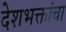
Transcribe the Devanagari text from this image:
देशभक्तांचा